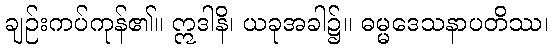
ချဉ်းကပ်ကုန်၏။ ဣဒါနိ၊ ယခုအခါ၌။ ဓမ္မဒေသနာပတိဿ၊